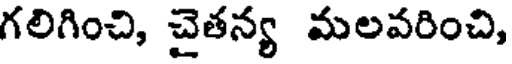
గలిగించి, చైతన్య మలవరించి,